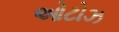
ઓટોઝ